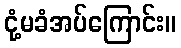
ငုံ့မခံအပ်ကြောင်း။